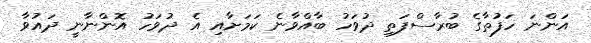
އަންނަ ހަފުތާގެ ބުރާސްފަތި ދުވަހު ބާއްވާނެ ކަމަށާއި އެ ދުވަހު އޮންނާނީ ދައުވާ